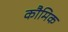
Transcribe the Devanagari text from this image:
कौमिक